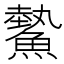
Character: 𩻉